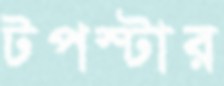
টপস্টার